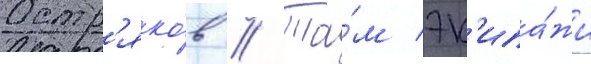
Остр'яко́в // Та́м эк'ипа́жи